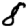
Digit: 8